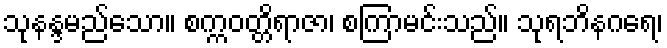
သုနန္ဒမည်သော။ စက္ကဝတ္တိရာဇာ၊ စကြာမင်းသည်။ သုရဘိနဂရေ၊